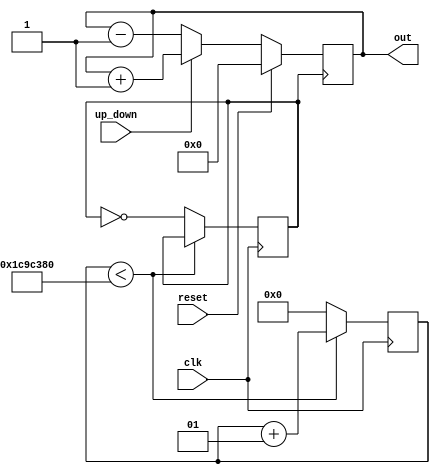
module counter(
	out      ,  // Output of the counter
	up_down  ,  // up_down control for counter
	clk      ,  // clock input
	reset       // reset input
);
//----------Output Ports--------------
output [7:0] out;

//------------Input Ports-------------- 
input up_down, clk, reset;

//------------Internal Variables--------
reg [7:0] out;
reg clk1=1'b0;
integer k = 0;

// Creating new slow clock 
always @(posedge clk)
	begin 
		if (k<30000000) 
			k= k+1;
		else 
		begin
			clk1 = ~clk1;
			k= 0;
		end 
	end

always @(posedge clk1)	//clk1 is the new slow clock
	begin
		if (reset) 		// active high reset
			out = 8'b0 ;
		else 
		if (up_down==1'b1) 
			out = out + 1;	// Counting UP
		else 
			out = out - 1;	// Counting DOWN
	end
endmodule